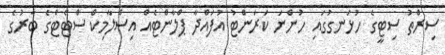
ސިރްތު ސިޓީގެ ހުޅަނގުގައި ހުންނަ ކަރަންޓު އުފައްދާ ޕްލާންޓެއް އިސްލާމިކް ސްޓޭޓްގެ ބާރުގެ